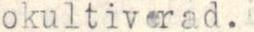
okultiverad.